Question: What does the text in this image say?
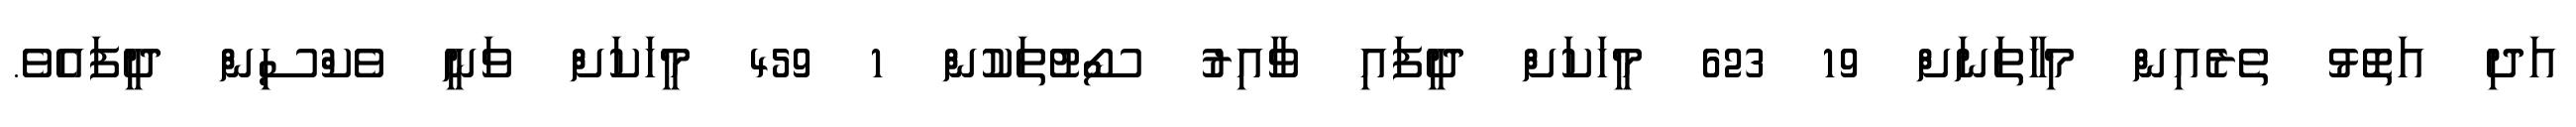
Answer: އަދި އަތޮޅު ތެރެއިން މިހާތަނަށް 19 623 މީހަކަށް ދީފައި ވާއިރު ސޯޓުތަކުން 1 459 މީހަކަށް ވަނީ ވެކްސިން ދީފައެވެ.